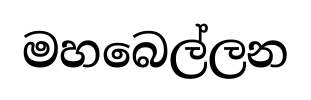
මහබෙල්ලන